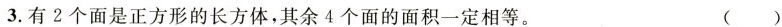
3.有2个面是正方形的长方体，其余4个面的面积一定相等。 ( )